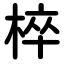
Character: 椊